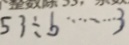
5 3 \div b \cdots 3